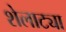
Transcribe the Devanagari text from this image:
शेलाट्या